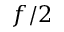
f / 2